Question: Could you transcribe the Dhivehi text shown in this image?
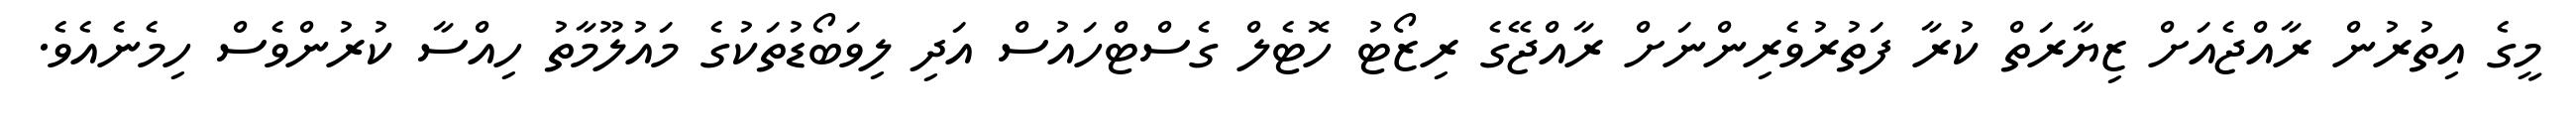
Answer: މީގެ އިތުރުން ރާއްޖެއަށް ޒިޔާރަތް ކުރާ ފަތުރުވެރިންނަށް ރާއްޖޭގެ ރިޒޯޓު ހޮޓެލް ގެސްޓްހައުސް އަދި ލިވަބޯޑުތަކުގެ މައުލޫމާތު ހިއްސާ ކުރުންވެސް ހިމެނެއެވެ.